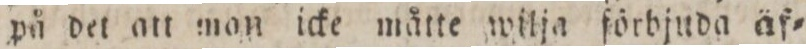
på det att mon icke måtte wilja förbjuda äf=